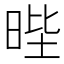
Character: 𭦅